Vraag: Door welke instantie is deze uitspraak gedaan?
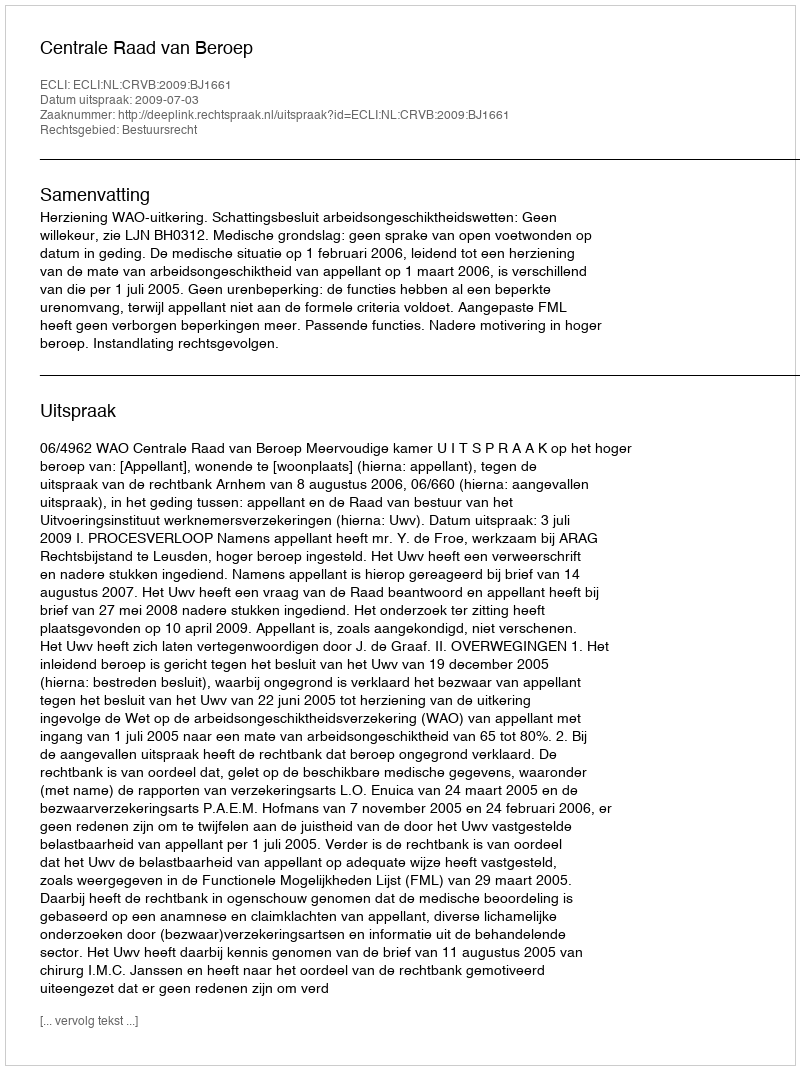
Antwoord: Centrale Raad van Beroep